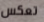
تعكس